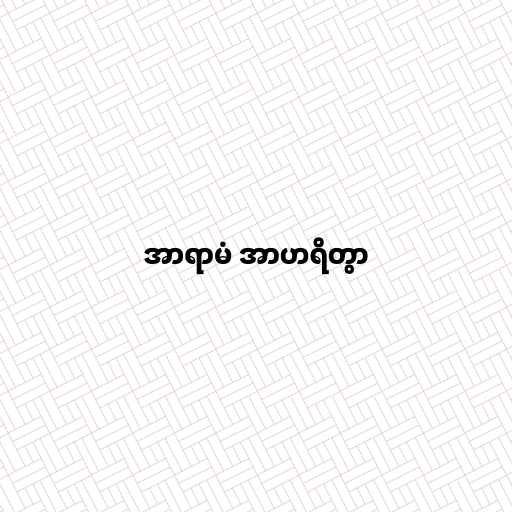
အာရာမံ အာဟရိတွာ